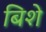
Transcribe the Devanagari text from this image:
बिशे